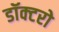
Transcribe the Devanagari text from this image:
डॉक्‍टरो